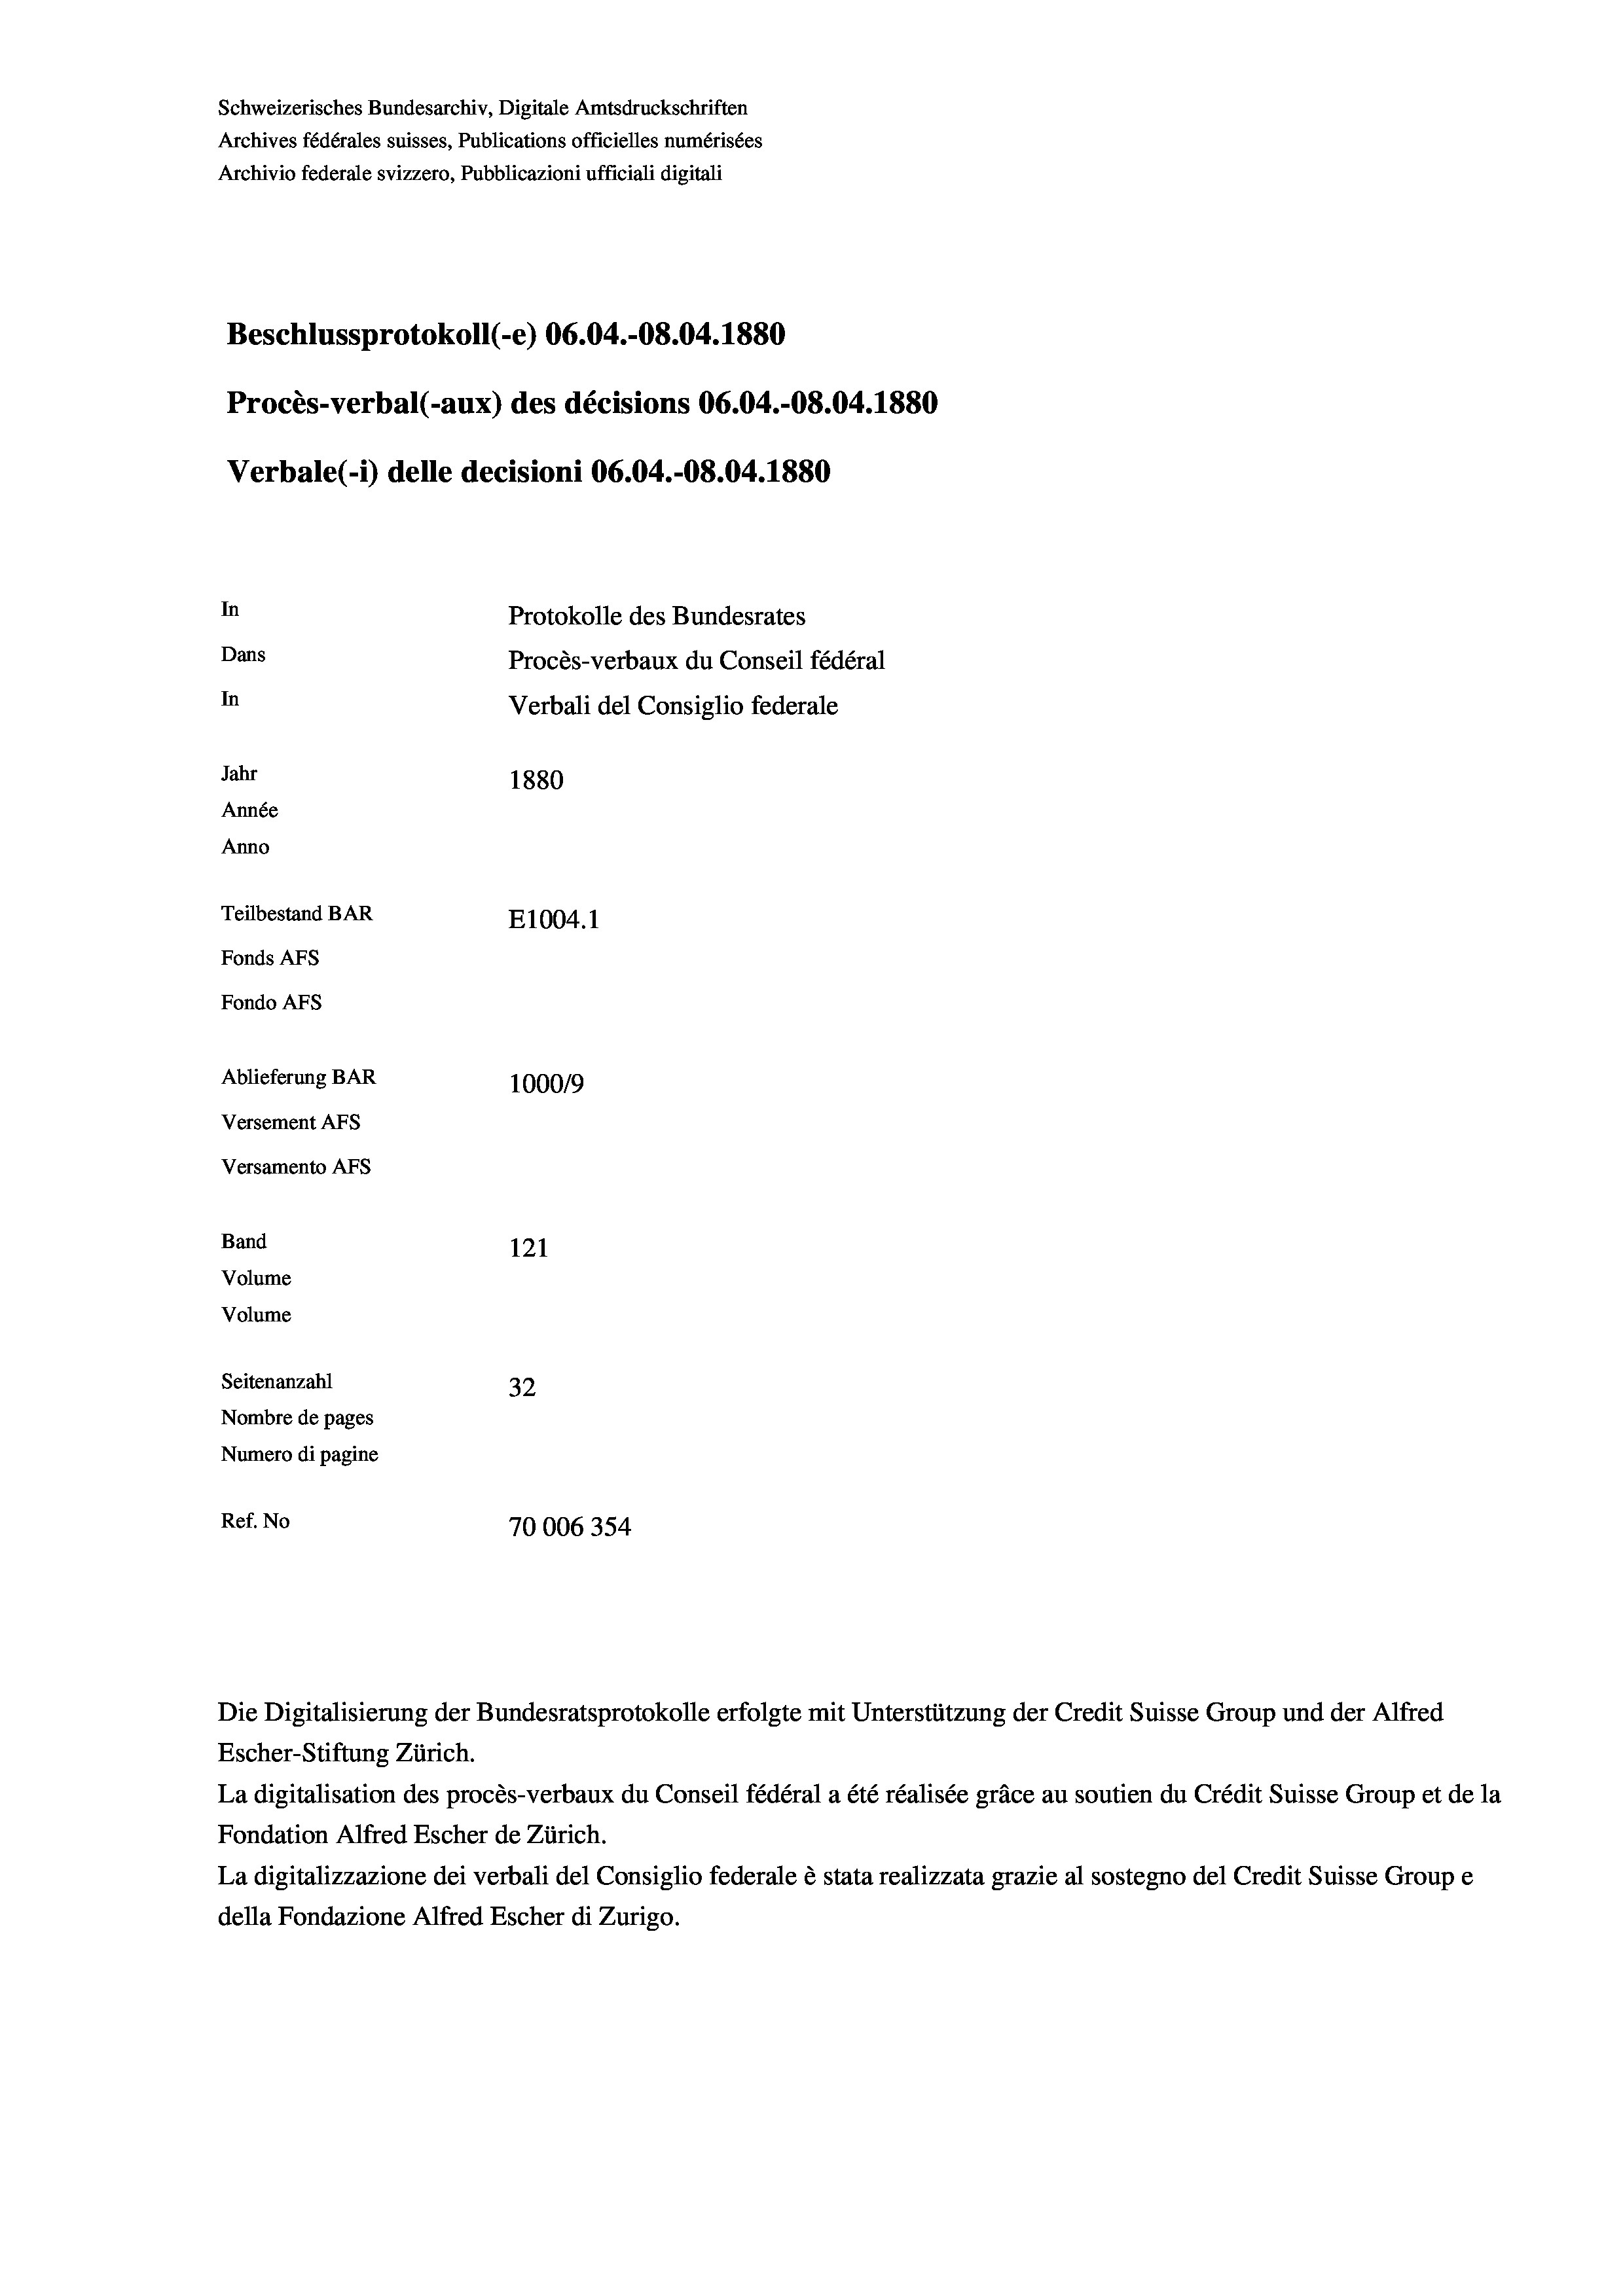
Schweizerisches Bundesarchiv, Digitale Amtsdruckschriften
Archives fédérales suisses, Publications officielles numérisées
Archivio federale svizzero, Pubblicazioni ufficiali digitali
Beschlussprotokoll (e) 06.04.-08.04. 1880
Procès-verbal (-aux) des décisions 06.04.-O8.04. 1880
Verbale(-*) delle decisioni 06.04.-08.04. 1880
In
Protokolle des Bundesrates
Dans
Procès-verbaux du Conseil fédéral
In
Verbali del Consiglio federale
Jahr
1880
Année
Anno
Teilbestand BAR
E1004. 1
Fonds AFs
Fondo AFS
Ablieferung BAR
100019
Versement AFs
Versamento Afs
Band
121
Volume
Volume
Seitenanzahl
32
Nombre de pages
Numero di pagine
Ref. No
70006354

Escher-Stiftung Zürich.
La digitalisation des procès-verbaux du Conseil fédéral a été réalisée gräce au soutien du Crédit Suisse Group et de la
Fondation Alfred Escher de Zürich.
La digitalizzazione dei verbali del Consiglio federale è stata realizzata grazie al sostegno del Credit Suisse Groupe
della Fondazione Alfred Escher di Zurigo.

Die Digitalisierung der Bundesratsprotokolle erfolgte mit Unterstützung der Credit Suisse Group und der Alfred